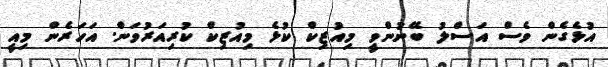
އުޅެގެން ވެސް އަސްލު ބޭނުންވީ މިއުޒިކް ކުޅެ މިއުޒިކް ކުރިއަރުވަން. އަހަރެން މިއީ